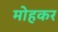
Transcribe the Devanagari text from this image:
मोहकर